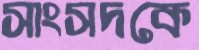
সাংসদকে